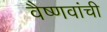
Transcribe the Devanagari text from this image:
वैष्णवांची